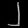
Digit: ၂